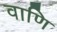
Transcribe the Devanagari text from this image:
वाणि